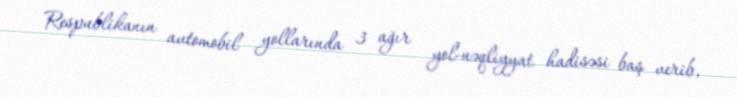
Respublikanın avtomobil yollarında 3 ağır yol-nəqliyyat hadisəsi baş verib,